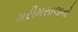
મરીમસાલાનો